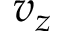
v _ { z }